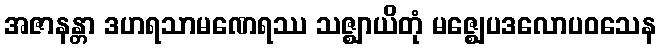
အဇာနန္တာ ဒဟရသာမဏေရဿ သဇ္ဈာယိတုံ မဇ္ဈေပဒလောပဝသေန